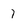
Character: 7